Vaccination report Assam 1896-1927 - 1896-1927
Year: 1896
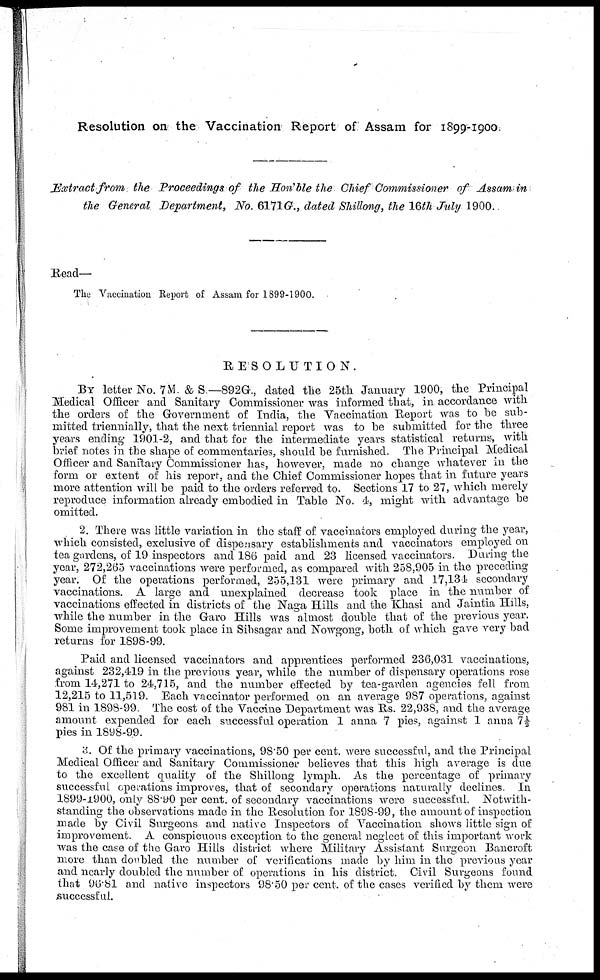
Resolution on the Vaccination Report of Assam for 1899-1900.
Extract from the Proceedings of the Hon'ble the Chief Commissioner of Assam in
the General Department, No. 6171G., dated Shillong, the 16th July 1900.
Read—
The Vaccination Report of Assam for 1899-1900.
RESOLUTION.
BY letter No. 7M & S —892G., dated the 25th January 1900, the Principal
Medical Officer and Sanitary Commissioner was informed that, in accordance with
the orders of the Government of India, the Vaccination Report was to be sub-
mitted triennially, that the next triennial report was to be submitted for the three
years ending 1901-2, and that for the intermediate years statistical returns, with
brief notes in the shape of commentaries, should be furnished. The Principal Medical
Officer and Sanitary Commissioner has, however, made no change whatever in the
form or extent of his report, and the Chief Commissioner hopes that in future years
more attention will be paid to the orders referred to. Sections 17 to 27, which merely
reproduce information already embodied in Table No. 4, might with advantage be
omitted.
2. There was little variation in the staff of vaccinators employed during the year,
which consisted, exclusive of dispensary establishments and vaccinators employed on
tea gardens, of 19 inspectors and 186 paid and 23 licensed vaccinators. During the
year, 272,265 vaccinations were performed, as compared with 258,905 in the preceding
year. Of the operations performed, 255,131 were primary and 17,134 secondary
vaccinations. A large and unexplained decrease took place in the number of
vaccinations effected in districts of the Naga Hills and the Khasi and Jaintia Hills,
while the number in the Garo Hills was almost double that of the previous year.
Some improvement took place in Sibsagar and Nowgong, both of which gave very bad
returns for 1898-99.
Paid and licensed vaccinators and apprentices performed 236,031 vaccinations,
against 232,419 in the previous year, while the number of dispensary operations rose
from 14,271 to 24,715, and the number effected by tea-garden agencies fell from
12,215 to 11,519. Each vaccinator performed on an average 987 operations, against
981 in 1898-99. The cost of the Vaccine Department was Rs. 22,938, and the average
amount expended for each successful operation 1 anna 7 pies, against 1 anna 7½
pies in 1898-99.
3. Of the primary vaccinations, 98.50 per cent. were successful, and the Principal
Medical Officer and Sanitary Commissioner believes that this high average is due
to the excellent quality of the Shillong lymph. As the percentage of primary
successful operations improves, that of secondary operations naturally declines. In
1899-1900, only 88.90 per cent. of secondary vaccinations were successful. Notwith-
standing the observations made in the Resolution for 1898-99, the amount of inspection
made by Civil Surgeons and native Inspectors of Vaccination shows little sign of
improvement. A conspicuous exception to the general neglect of this important work
was the case of the Garo Hills district where Military Assistant Surgeon Bancroft
more than doubled the number of verifications made by him in the previous year
and nearly doubled the number of operations in his district. Civil Surgeons found
that 96.81 and native inspectors 98.50 per cent. of the cases verified by them were
successful.